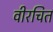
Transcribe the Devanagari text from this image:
वीरचित